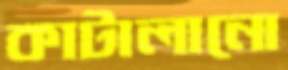
কাটালানো